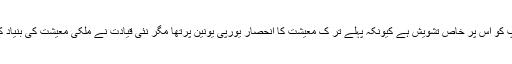
ترکی نے جس طرح اپنی معیشت کو ترقی دے کر نمایاں کامیابی حاصل کی ہے یورپ کو اس پر خاص تشویش ہے کیونکہ پہلے تر ک معیشت کا انحصار یورپی یونین پرتھا مگر نئی قیادت نے ملکی معیشت کی بنیاد کا جو خواب دیکھا تھا اسے پورا کرنے میں کسی قربانی اور محنت سے دریغ نہیں کیا۔